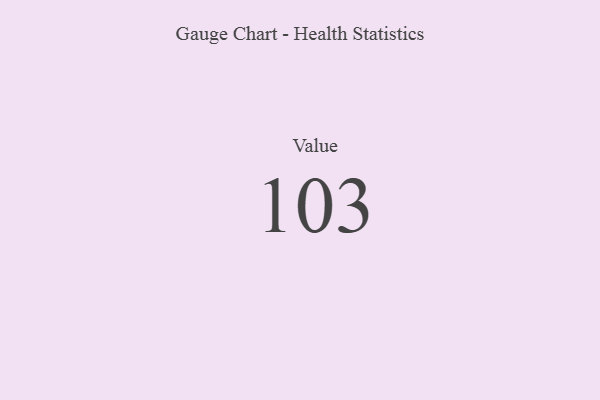
{"axis": {"x": "Metric", "y": "Value"}, "legend": [""], "data": [{"x": "Value", "y": 103, "type": ""}]}